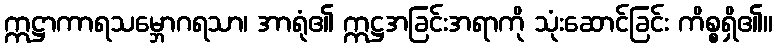
ဣဋ္ဌာကာရသမ္ဘောဂရသာ၊ အာရုံ၏ ဣဋ္ဌအခြင်းအရာကို သုံးဆောင်ခြင်း ကိစ္စရှိ၏။